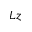
L z